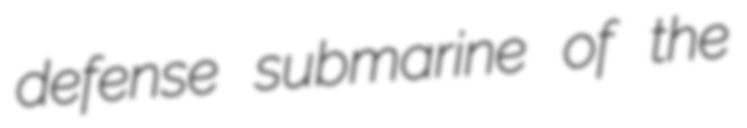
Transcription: defense submarine of the